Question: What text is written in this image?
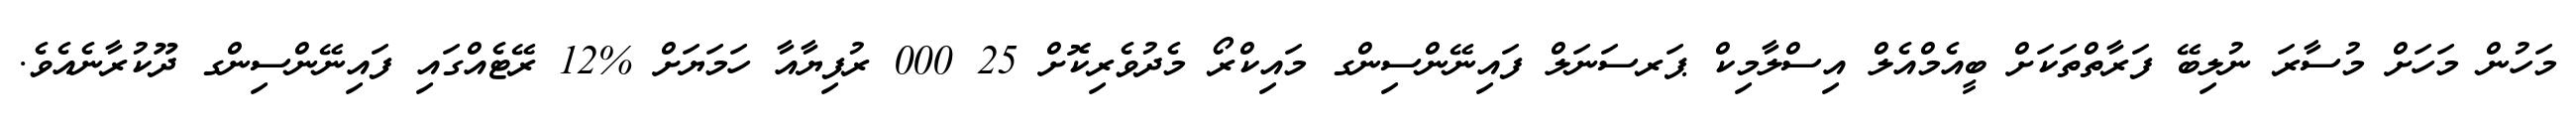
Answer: މަހުން މަހަށް މުސާރަ ނުލިބޭ ފަރާތްތަކަށް ބީއެމްއެލް އިސްލާމިކް ޕަރސަނަލް ފައިނޭންސިންގ މައިކްރޯ މެދުވެރިކޮށް 25 000 ރުފިޔާއާ ހަމަޔަށް %12 ރޭޓެއްގައި ފައިނޭންސިންގ ދޫކުރާނެއެވެ.